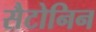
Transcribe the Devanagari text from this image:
सैटोनिन